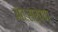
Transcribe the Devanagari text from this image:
अंतःसर्पण